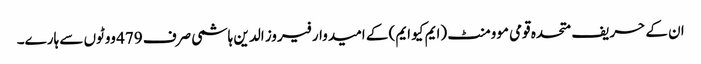
ان کے حریف متحدہ قومی موومنٹ (ایم کیو ایم) کے امیدوار فیروز الدین ہاشمی صرف 479 ووٹوں سے ہارے۔